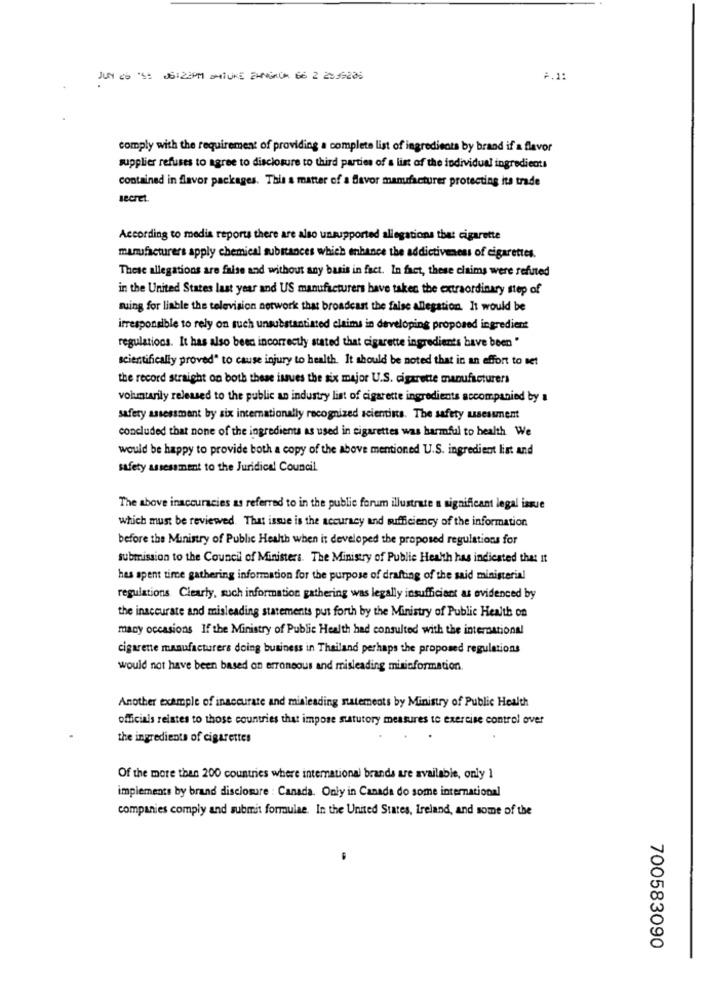
JUN 20 'S: 06:23PM amiUKE IHNENUM 66 2 28 99225
A.1:
comply with the requirement of providing a complete list of ingredients by brand if a flavor
supplier refuses to agree to disclosure to third parties of a list of the individual ingredients
contained in flavor packages. This a matter of a favor manufacturer protecting ita trade
secret.
According to media reports there are also unsupported allegations that cigarette
manufacturers apply chemical substances which enhance the addictiveness of cigarettes.
These allegations are faite and without any basis in fact. In fact, these claims were refuted
in the United States last year and US manufacturers have taken the extraordinary step of
suing for liable the television network that broadcast the false allegation. It would be
irresponsible to rely on such unsubstantiated claims in developing proposed ingredient
regulations. It has also been incorrectly stated that cigarette ingredients have been "
scientifically proved" to cause injury to health. It should be noted that in an effort to net
the record straight on both these issues the six major U.S. cigarette manufacturers
voluntarily released to the public an industry list of cigarette ingredients accompanied by a
safety assessment by six internationally recognized scientins. The safety assessment
concluded that none of the ingredients as used in cigarettes was harmful to health We
would be happy to provide both a copy of the above mentioned U.S. ingredient list and
safety assessment to the Juridical Council.
The above inaccuracies as referred to in the public forum illustrate a significant legal issue
which must be reviewed. That issue is the accuracy and sufficiency of the information
before the Ministry of Public Health when it developed the proposed regulations for
submission to the Council of Ministers. The Ministry of Public Health has indicated that It
hes spent time gathering information for the purpose of drafting of the said ministerial
regulations Clearly, such information gathering was legally insufficient as evidenced by
the inaccurate and misleading statements put forth by the Ministry of Public Health on
many occasions If the Ministry of Public Health had consulted with the international
cigarette manufacturers doing business in Thailand perhaps the proposed regulations
would not have been based on erroneous and misleading mirinformation.
Another example of inaccurate and misleading statements by Ministry of Public Health
officials relates to those countries that impose statutory measures to exercise control over
the ingredients of cigarettes
Of the more than 200 countries where international brands are available, only 1
implements by brand disclosure : Canada. Only in Canada do some international
companies comply and submit formulae. In the United States, Ireland, and some of the
700583090